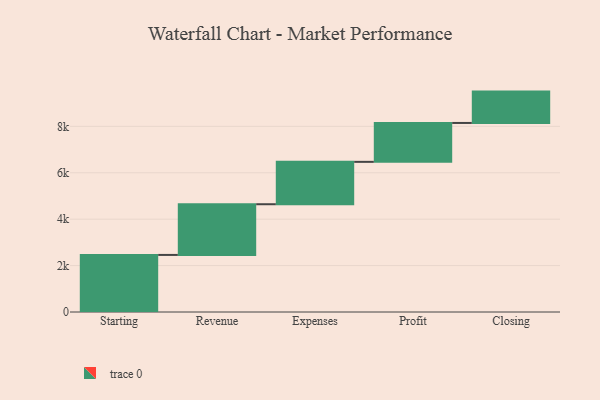
{"axis": {"x": "Step", "y": "Value"}, "legend": [""], "data": [{"x": "Starting", "y": 2459.0, "type": ""}, {"x": "Revenue", "y": 2185.0, "type": ""}, {"x": "Expenses", "y": 1826.0, "type": ""}, {"x": "Profit", "y": 1676.0, "type": ""}, {"x": "Closing", "y": 1351.0, "type": ""}]}